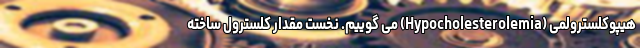
هیپوکلسترولمی (Hypocholesterolemia) می گوییم. نخست مقدار کلسترول ساخته